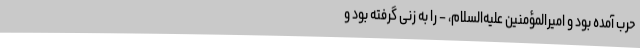
حرب آمده بود و امیر‌المؤمنین علیه‌السلام، – را به زنی گرفته بود و